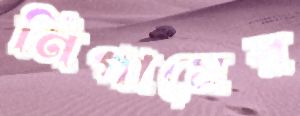
নিগামের